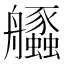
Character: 𦫆